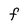
Character: F